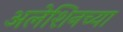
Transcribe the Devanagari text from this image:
अलेशिनच्या